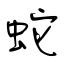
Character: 蛇